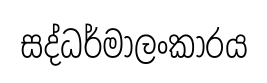
සද්ධර්මාලංකාරය